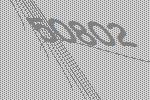
50802